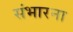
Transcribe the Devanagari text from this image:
संभारना